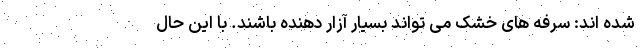
شده اند: سرفه های خشک می تواند بسیار آزار دهنده باشند. با این حال